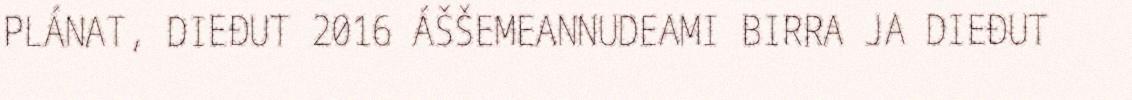
PLÁNAT, DIEĐUT 2016 ÁŠŠEMEANNUDEAMI BIRRA JA DIEĐUT